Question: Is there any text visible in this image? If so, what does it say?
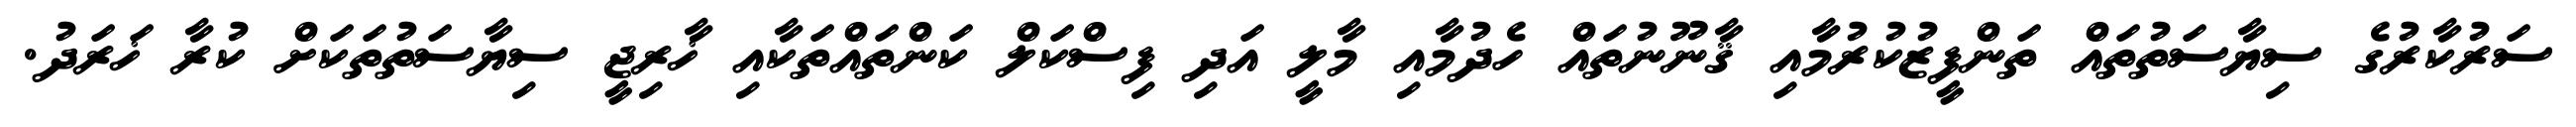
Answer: ސަރުކާރުގެ ސިޔާސަތުތައް ތަންފީޒުކުރުމާއި ޤާނޫނުތައް ހެދުމާއި މާލީ އަދި ފިސްކަލް ކަންތައްތަކާއި ޚާރިޖީ ސިޔާސަތުތަކަށް ކުރާ ޚަރަދު.